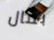
بمال